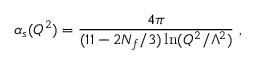
\alpha _ { s } ( Q ^ { 2 } ) = \frac { 4 \pi } { ( 1 1 - 2 N _ { f } / 3 ) \ln ( Q ^ { 2 } / \Lambda ^ { 2 } ) } \ ,